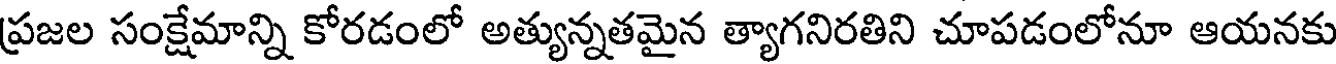
ప్రజల సంక్షేమాన్ని కోరడంలో అత్యున్నతమైన త్యాగనిరతిని చూపడంలోనూ ఆయనకు